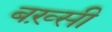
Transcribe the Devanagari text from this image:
बख़्सी